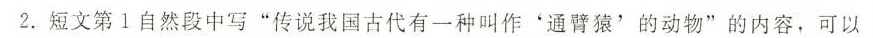
2.短文第Ⅰ自然段中写”传说我国古代有一种叫作'通臂猿'的动物”的内容，可以